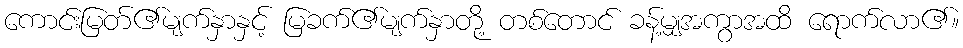
ကောင်းမြတ်၏မျက်နှာနှင့် မြခက်၏မျက်နှာတို့ တစ်တောင် ခန့်မျှအကွာအထိ ရောက်လာ၏။